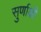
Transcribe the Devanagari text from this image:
सुर्णाक्षी